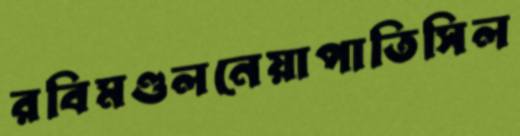
রবিমণ্ডলনেয়াপাতিসিল